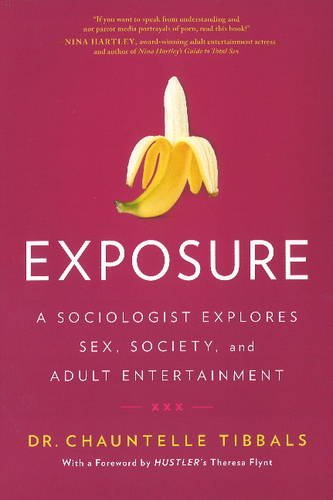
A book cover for Exposure: A Sociologist Explores Sex, Society, and Adult Entertainment; Chauntelle Tibbals; Politics & Social Sciences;